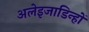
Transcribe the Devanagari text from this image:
अलेइजाडिन्हों